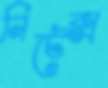
নিটেক্স